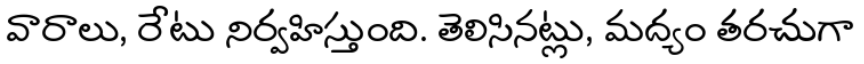
వారాలు, రేటు నిర్వహిస్తుంది. తెలిసినట్లు, మద్యం తరచుగా